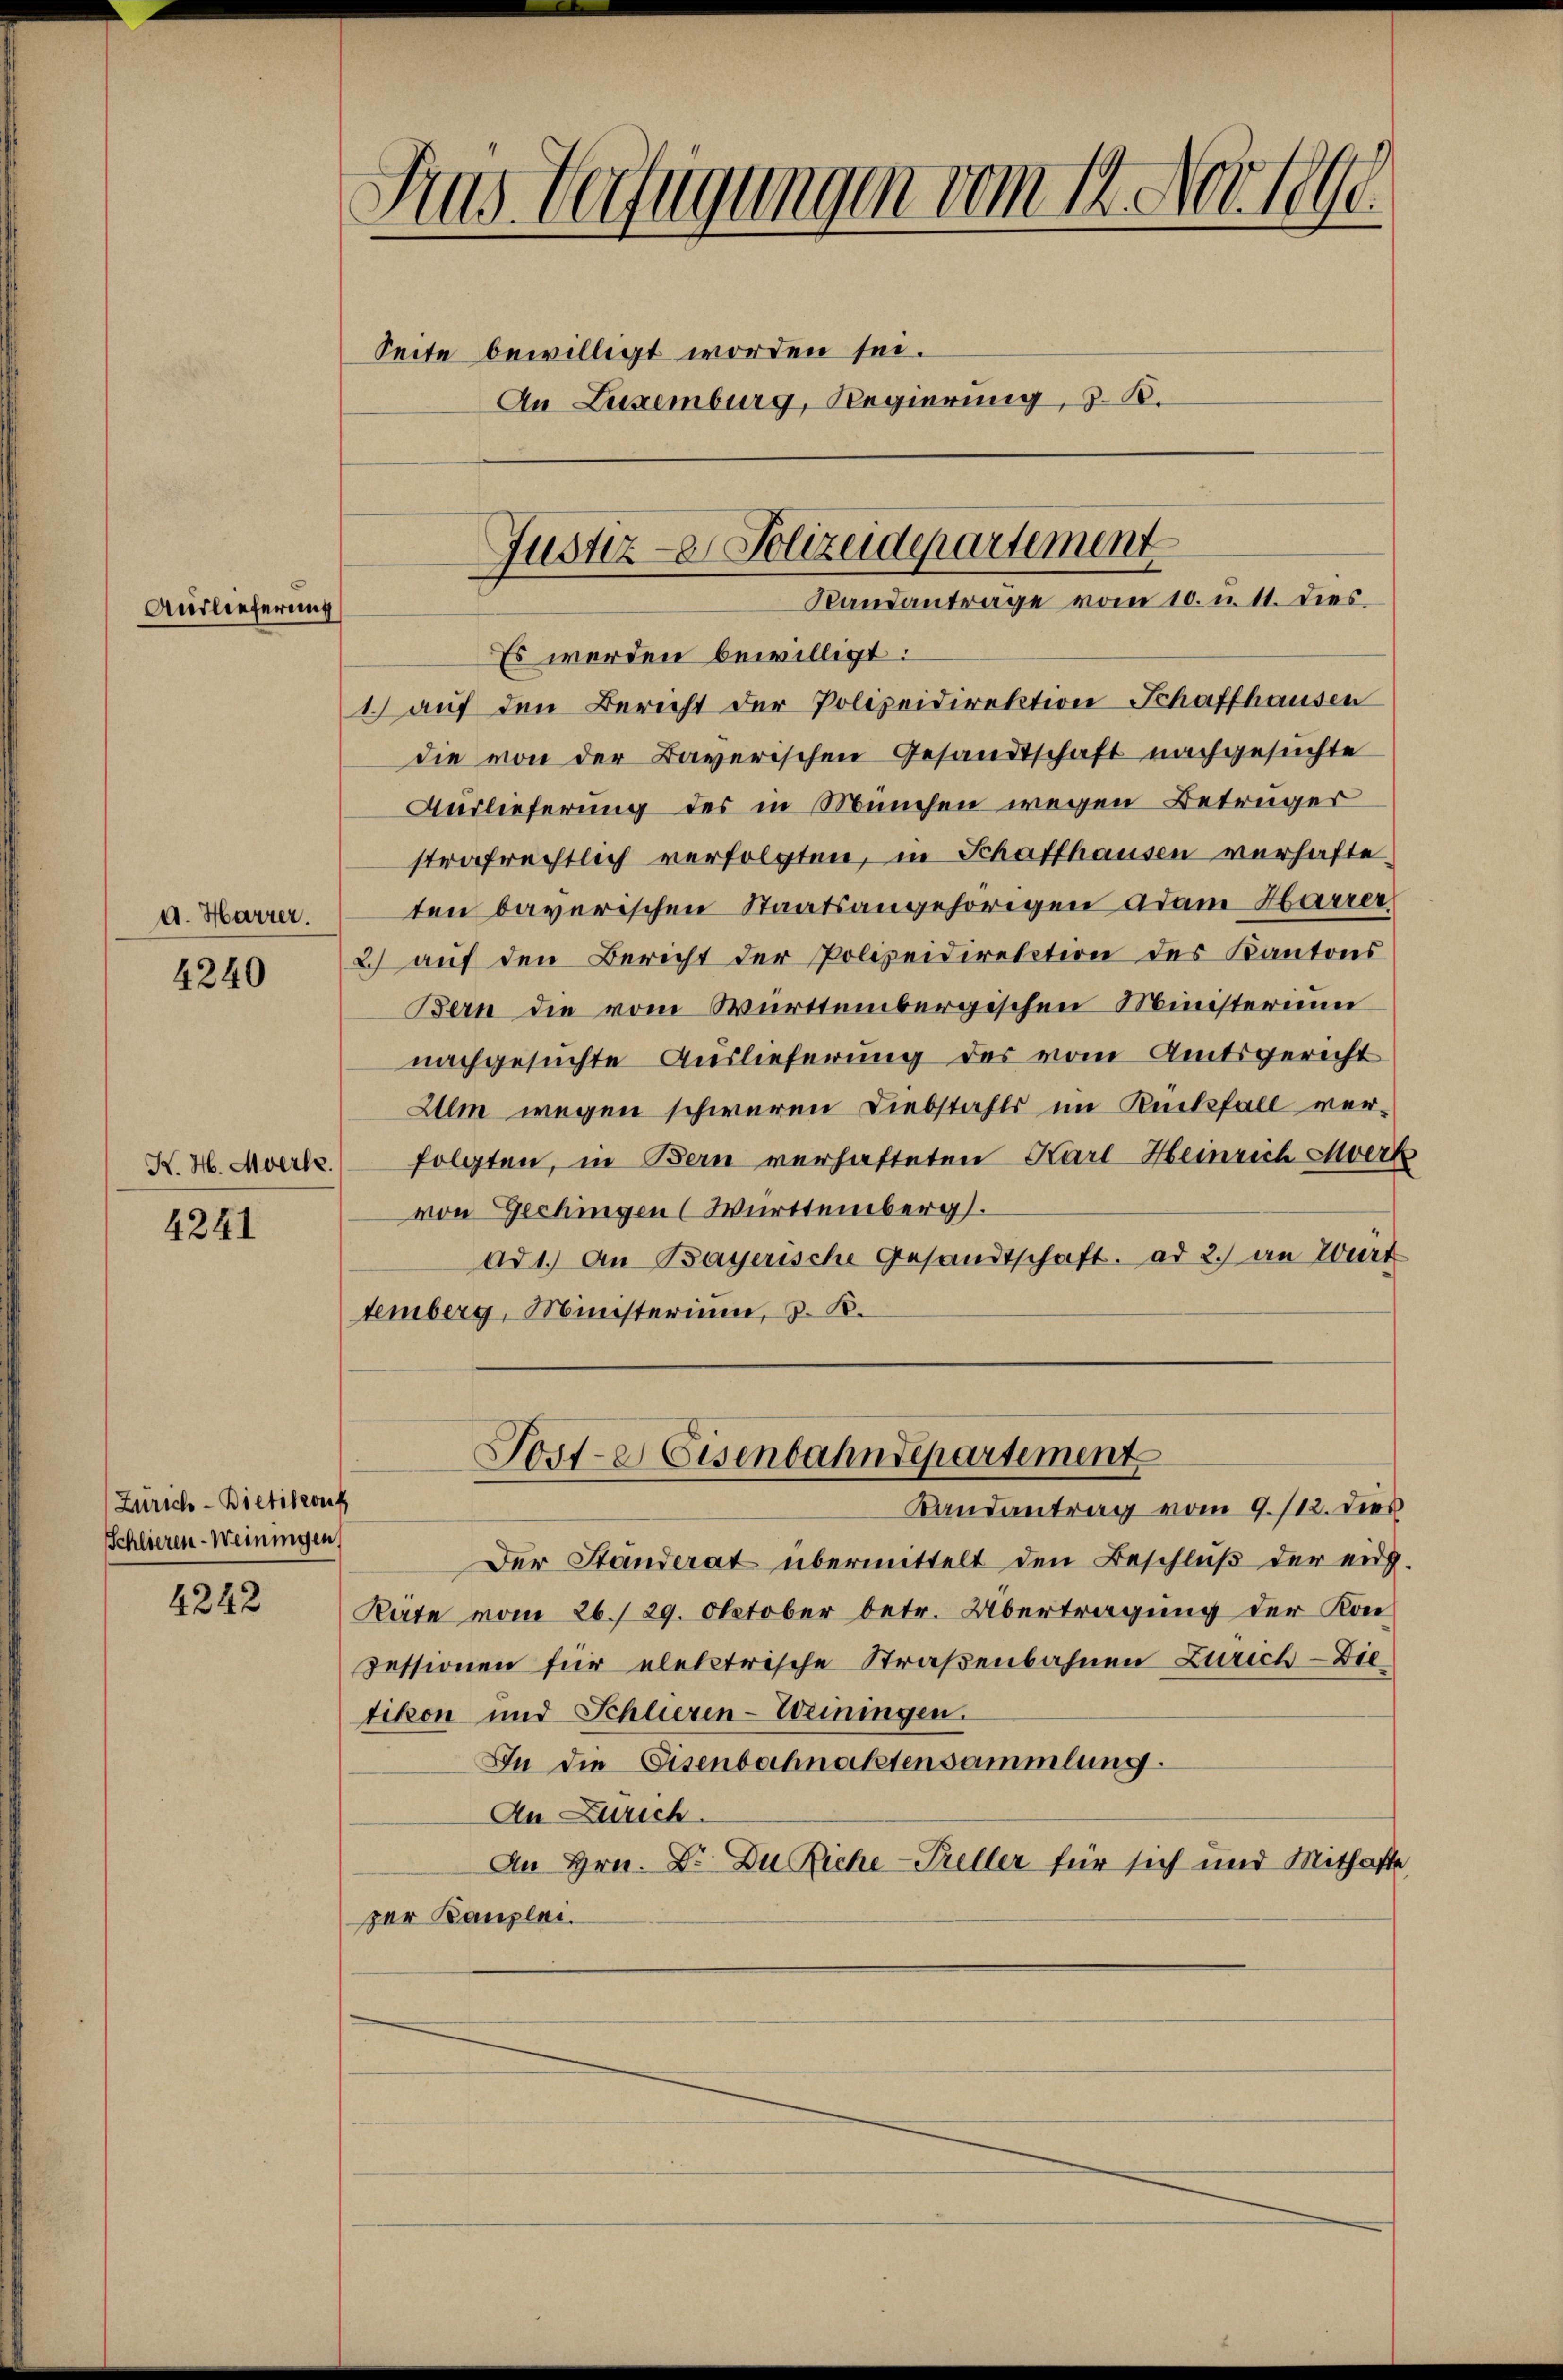
Auslieferung

d. Harrer.

4240

K. H. Moerle.

4241

Zürich-Bietikonk
Schlieren-Weiningen,

4242

Aus Verfügungen vom 14. Nov. 1848.
Seite bewilligt worden sei.
An Luxenburg, Regierung, z. B.

1.) auf den Bericht der Polizeidirektion Schaffhausen
die von der Bayerischen Gesandtschaft nachgesuchte
Auslieferung des in München wegen Betrüger
strafrechtlich verfolgten, in Schaffhausen verhafteten bayerischen Staatsangehörigen Adam Harrer
2) auf den Bericht der Polizeidirektion des Kantons
Bern die vom Württembergischen Ministerium
nachgesuchte Auslieferung des vom Amtsgericht
Ulm wegen schweren Diebstahls im Rücksfall verfolgten, in Bern verhafteten Karl-Heinrich Merk
von Gechingen (Württemberg.
ad 1.) An Bayerische Gesandtschaft. ad 2.) an Wirt
temberg, Ministerium, d. K.

Justiz- & Polizeidepartement
Randantrage vom 10. n. 11. dies
Es werden bewilligt:

Landantrag vom 9./12. dies
Der Ständerat übermittelt den Beschluß der eidg.
Rate vom 26./29. Oktober betr. Übertragung der Kon¬
Fessionen für elektrische Straßenbahnen Zürich - Die
tikon und Schliesen-Weiningen.
In die Eisenbachnachtensammlung.
An Zürich.
An Hrn. Dr. Du Rich-Preller für sich und Mithafte
zer Kanzlei.

Post-e Eisenbahndepartement